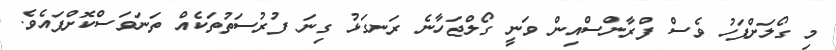
މި ގޯލަށްފަހު ވެސް ފްރާންސްއިން ވަނީ ގޯލްޖަހާނެ ރަނގަޅު ގިނަ ފުރުސަތުތަކެއް ތަނަވަސްކޮށްފައެވެ.